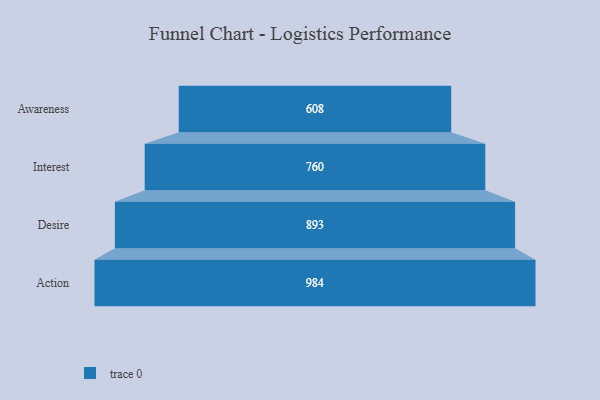
{"axis": {"x": "Stage", "y": "Value"}, "legend": [""], "data": [{"x": "Awareness", "y": 608.0, "type": ""}, {"x": "Interest", "y": 760.0, "type": ""}, {"x": "Desire", "y": 893.0, "type": ""}, {"x": "Action", "y": 984.0, "type": ""}]}